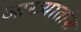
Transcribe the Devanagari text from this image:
आख्यातांश